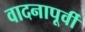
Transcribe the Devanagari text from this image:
वादनापूर्वी